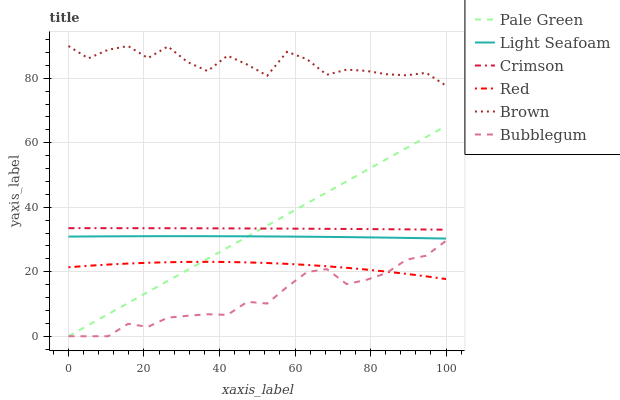
| xaxis_label | Pale Green | Light Seafoam | Crimson | Red | Brown | Bubblegum |
 | --- | --- | --- | --- | --- | --- | --- |
 | 0 | 0 | 30.9 | 33.5 | 21.4 | 90 | 0 |
 | 5.26 | 3.43 | 30.9 | 33.5 | 21.9 | 86.2 | 0 |
 | 10.5 | 6.86 | 31 | 33.5 | 22.2 | 88.8 | 0 |
 | 15.8 | 10.3 | 31 | 33.5 | 22.5 | 90 | 3.85 |
 | 21.1 | 13.7 | 31 | 33.5 | 22.8 | 86.3 | 2.91 |
 | 26.3 | 17.2 | 31 | 33.5 | 23 | 89.9 | 5.77 |
 | 31.6 | 20.6 | 31 | 33.5 | 23 | 85 | 6.36 |
 | 36.8 | 24 | 31 | 33.5 | 23.1 | 82.2 | 6.82 |
 | 42.1 | 27.5 | 31 | 33.4 | 23 | 87 | 6.62 |
 | 47.4 | 30.9 | 31 | 33.4 | 22.9 | 84.2 | 10.7 |
 | 52.6 | 34.3 | 31 | 33.4 | 22.7 | 80.8 | 10.1 |
 | 57.9 | 37.8 | 30.9 | 33.4 | 22.4 | 88.2 | 15.3 |
 | 63.2 | 41.2 | 30.9 | 33.3 | 22.1 | 85.9 | 19.9 |
 | 68.4 | 44.6 | 30.8 | 33.3 | 21.7 | 81.1 | 20.8 |
 | 73.7 | 48 | 30.7 | 33.3 | 21.2 | 82.7 | 16.2 |
 | 78.9 | 51.5 | 30.7 | 33.2 | 20.7 | 82.3 | 17.5 |
 | 84.2 | 54.9 | 30.6 | 33.2 | 20 | 81.2 | 19.6 |
 | 89.5 | 58.3 | 30.5 | 33.1 | 19.3 | 80.9 | 23.7 |
 | 94.7 | 61.8 | 30.4 | 33.1 | 18.6 | 81.7 | 25 |
 | 100 | 65.2 | 30.3 | 33 | 17.7 | 77.7 | 29.6 |